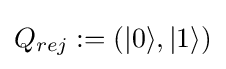
Q_{rej}:=(|0\rangle ,|1\rangle )